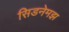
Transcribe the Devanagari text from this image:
सिडनेमझ